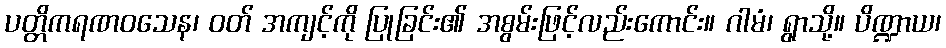
ပတ္တိကရဏဝသေန၊ ဝတ် အကျင့်ကို ပြုခြင်း၏ အစွမ်းဖြင့်လည်းကောင်း။ ဂါမံ၊ ရွာသို့။ ပိဏ္ဍာယ၊